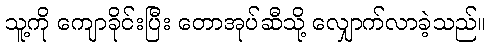
သူ့ကို ကျောခိုင်းပြီး တောအုပ်ဆီသို့ လျှောက်လာခဲ့သည်။